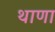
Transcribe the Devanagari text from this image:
थाणा